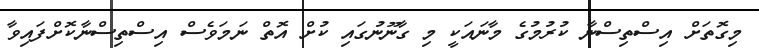
މިގޮތަށް އިސްތިސްނާ ކުރުމުގެ މާނައަކީ މި ގާނޫނުގައި ކުށް އޮތް ނަމަވެސް އިސްތިސްނާކޮށްފައިވާ